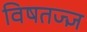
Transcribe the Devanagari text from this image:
विषतज्‍ज्ञ